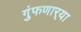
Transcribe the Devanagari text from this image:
गुंफणार्‍या